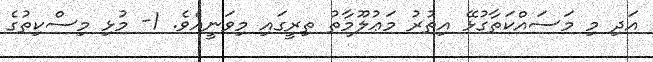
އަދި މި މަސައްކަތާގުޅޭ އިތުރު މަޢުލޫމާތު ތިރީގައި މިވަނީއެވެ. 1- މުޅި މިސްކިތުގެ